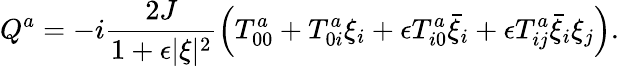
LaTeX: Q^{a}=-i\frac{2J}{1+\epsilon\vert\xi\vert^{2}}\left(T_{00}^{a}+T_{0i}^{a}\xi_{i}+\epsilon T_{i0}^{a}\bar{\xi}_{i}+\epsilon T_{ij}^{a}\bar{\xi}_{i}\xi_{j}\right).